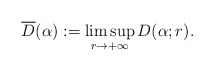
\begin{align*} \overline{D}(\alpha) := \limsup_{r\to +\infty}D(\alpha;r).\end{align*}